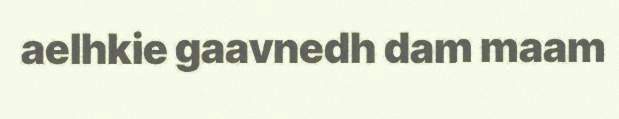
aelhkie gaavnedh dam maam